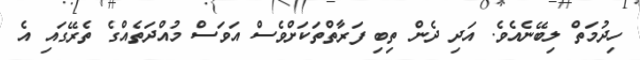
ހިދުމަތް ލިބޭނެއެވެ. އަދި ދެން ތިބި ފަރާތްތަކަށްވެސް އަވަސް މުއްދަތެއްގެ ތެރޭގައި އެ